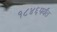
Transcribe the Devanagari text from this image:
१८४६पर्यंत